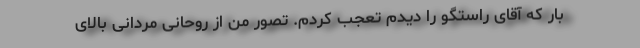
بار که آقای راستگو را دیدم تعجب کردم. تصور من از روحانی مردانی بالای